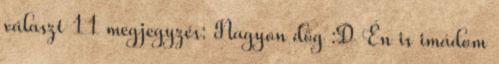
választ 11 megjegyzés: Nagyon dög :D Én is imádom